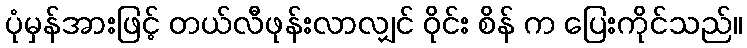
ပုံမှန်အားဖြင့် တယ်လီဖုန်းလာလျှင် ဝိုင်း စိန် က ပြေးကိုင်သည်။